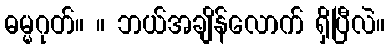
ဓမ္မဂုတ်။ ။ ဘယ်အချိန်လောက် ရှိပြီလဲ။